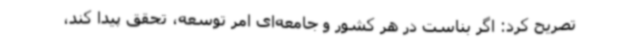
تصریح کرد: اگر بناست در هر کشور و جامعه‌ای امر توسعه، تحقق پیدا کند،